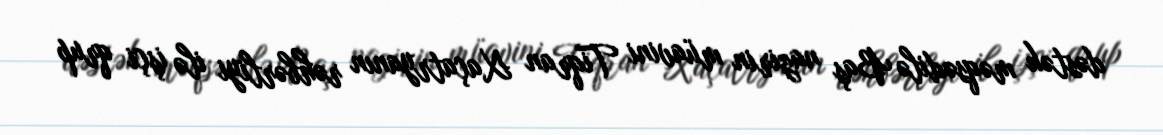
dəstək məqsədilə Baş nazirin müavini Tiqran Xaçatryanın rəhbərliyi ilə işçi qrup